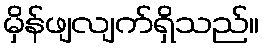
မှိန်ဖျလျက်ရှိသည်။